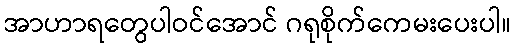
အာဟာရတွေပါဝင်အောင် ဂရုစိုက်ကေမးပေးပါ။